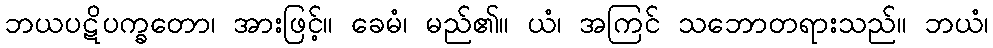
ဘယပဋိပက္ခတော၊ အားဖြင့်။ ခေမံ၊ မည်၏။ ယံ၊ အကြင် သဘောတရားသည်။ ဘယံ၊